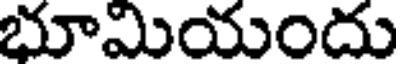
భూమియందు